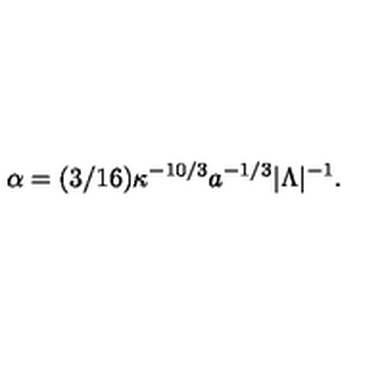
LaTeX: \alpha = ( 3 / 1 6 ) \kappa ^ { - 1 0 / 3 } a ^ { - 1 / 3 } | \Lambda | ^ { - 1 } .